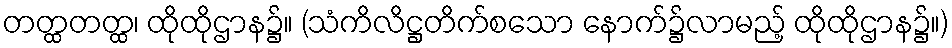
တတ္ထတတ္ထ၊ ထိုထိုဌာန၌။ (သံကိလိဋ္ဌတိက်စသော နောက်၌လာမည့် ထိုထိုဌာန၌။)